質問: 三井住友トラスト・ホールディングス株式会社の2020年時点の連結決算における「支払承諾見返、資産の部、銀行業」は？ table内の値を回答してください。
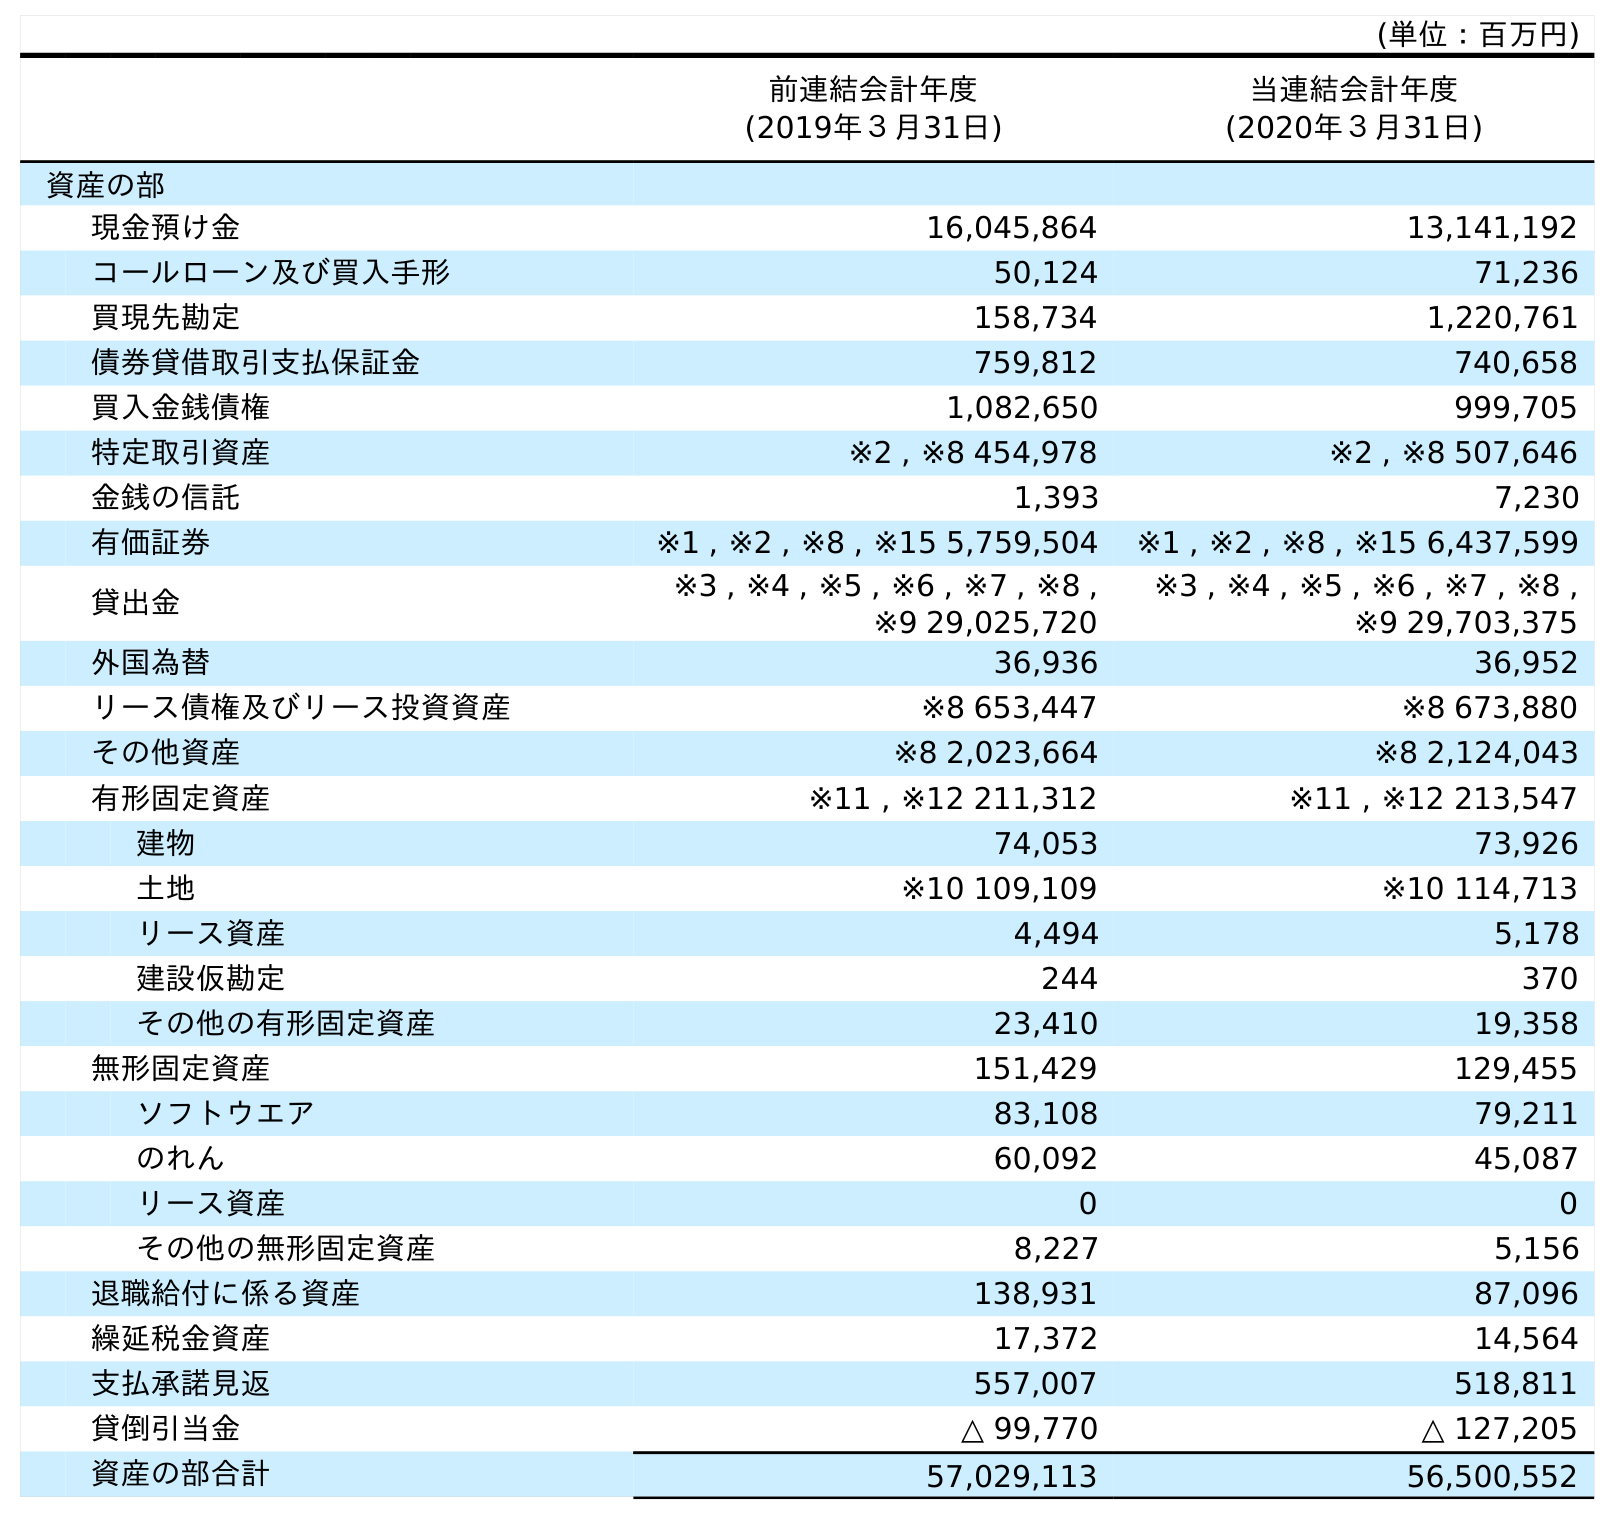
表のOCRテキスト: (単位：百万円) 前連結会計年度 (2019年３月31日) 当連結会計年度 (2020年３月31日) 資産の部 現金預け金 16,045,864 13,141,192 コールローン及び買入手形 50,124 71,236 買現先勘定 158,734 1,220,761 債券貸借取引支払保証金 759,812 740,658 買入金銭債権 1,082,650 999,705 特定取引資産 ※2 , ※8 454,978 ※2 , ※8 507,646 金銭の信託 1,393 7,230 有価証券 ※1 , ※2 , ※8 , ※15 5,759,504 ※1 , ※2 , ※8 , ※15 6,437,599 貸出金 ※3 , ※4 , ※5 , ※6 , ※7 , ※8 , ※9 29,025,720 ※3 , ※4 , ※5 , ※6 , ※7 , ※8 , ※9 29,703,375 外国為替 36,936 36,952 リース債権及びリース投資資産 ※8 653,447 ※8 673,880 その他資産 ※8 2,023,664 ※8 2,124,043 有形固定資産 ※11 , ※12 211,312 ※11 , ※12 213,547 建物 74,053 73,926 土地 ※10 109,109 ※10 114,713 リース資産 4,494 5,178 建設仮勘定 244 370 その他の有形固定資産 23,410 19,358 無形固定資産 151,429 129,455 ソフトウエア 83,108 79,211 のれん 60,092 45,087 リース資産 0 0 その他の無形固定資産 8,227 5,156 退職給付に係る資産 138,931 87,096 繰延税金資産 17,372 14,564 支払承諾見返 557,007 518,811 貸倒引当金 △ 99,770 △ 127,205 資産の部合計 57,029,113 56,500,552
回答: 518,811